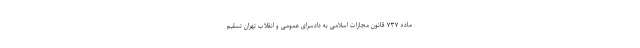
ماده ۷۳۷ قانون مجازات اسلامی به دادسرای عمومی و انقلاب تهران تسلیم